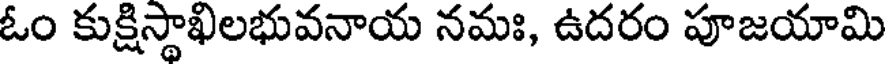
ఓం కుక్షిస్థాఖిలభువనాయ నమః, ఉదరం పూజయామి